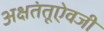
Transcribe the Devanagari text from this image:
अक्षतंतूऐवजी